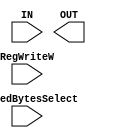
module DataExt(
    input wire [31:0] IN,
    input wire [1:0] LoadedBytesSelect,
    input wire [2:0] RegWriteW,
    output reg [31:0] OUT
    );    
endmodule